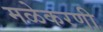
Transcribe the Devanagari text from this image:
मळेकरणी